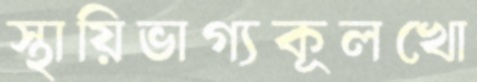
স্থায়িভাগ্যকূলখো